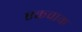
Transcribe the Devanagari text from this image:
एकचाक